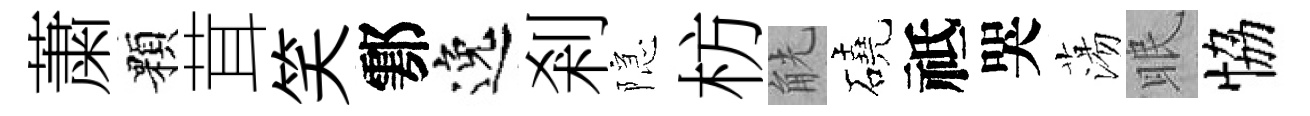
䔥顆茸笑鄠逸剎隠枋觥磽祗哭蕩眠恊